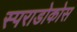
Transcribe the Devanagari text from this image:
स्पराडोकोस